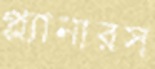
প্ল্যানারস